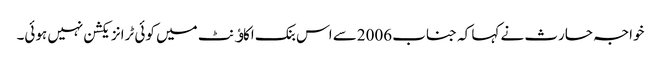
خواجہ حارث نے کہا کہ جناب 2006سے اس بنک اکاﺅنٹ میں کوئی ٹرانزیکشن نہیں ہوئی۔